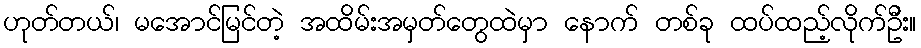
ဟုတ်တယ်၊ မအောင်မြင်တဲ့ အထိမ်းအမှတ်တွေထဲမှာ နောက် တစ်ခု ထပ်ထည့်လိုက်ဦး။